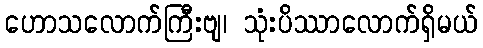
ဟောသလောက်ကြီးဗျ၊ သုံးပိဿာလောက်ရှိမယ်